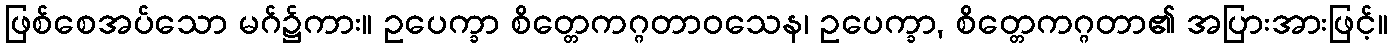
ဖြစ်စေအပ်သော မဂ်၌ကား။ ဥပေက္ခာ စိတ္တေကဂ္ဂတာဝသေန၊ ဥပေက္ခာ, စိတ္တေကဂ္ဂတာ၏ အပြားအားဖြင့်။